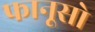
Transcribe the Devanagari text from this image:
फानूसो